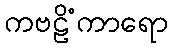
ကဗဠိံကာရော